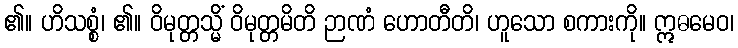
၏။ ဟိသစ္စံ၊ ၏။ ဝိမုတ္တသ္မိံ ဝိမုတ္တမိတိ ဉာဏံ ဟောတီတိ၊ ဟူသော စကားကို။ ဣဓမေဝ၊